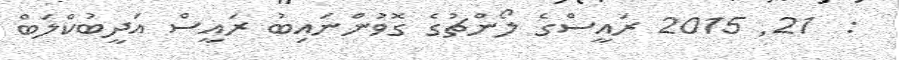
:  21